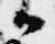
候